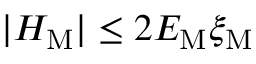
| { \cal H } _ { \mathrm { M } } | \leq 2 { \cal E } _ { \mathrm { M } } \xi _ { \mathrm { M } }